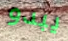
يبدو